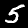
Digit: 5